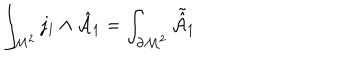
\int _ { { \cal M } ^ { 2 } } j _ { 1 } \wedge { \hat { \cal A } } _ { 1 } = \int _ { \partial { \cal M } ^ { 2 } } { \tilde { \hat { \cal A } } } _ { 1 }